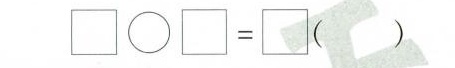
$$\Box \big circ \Box = \Box$$